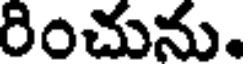
రించును.